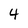
Character: 4